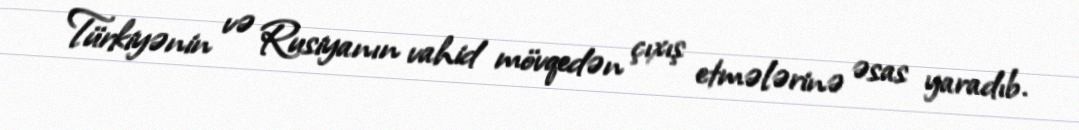
Türkiyənin və Rusiyanın vahid mövqedən çıxış etmələrinə əsas yaradıb.